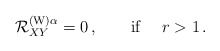
\begin{align*}{\cal R}^{({\rm W})\alpha} _{XY}=0\,,\qquad \mbox{if }\quad r>1\,.\end{align*}